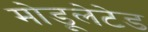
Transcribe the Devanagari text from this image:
मोडूलेटेड